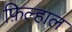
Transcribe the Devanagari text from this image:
फ़िल्हाल